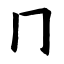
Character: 冂